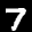
Label: 7